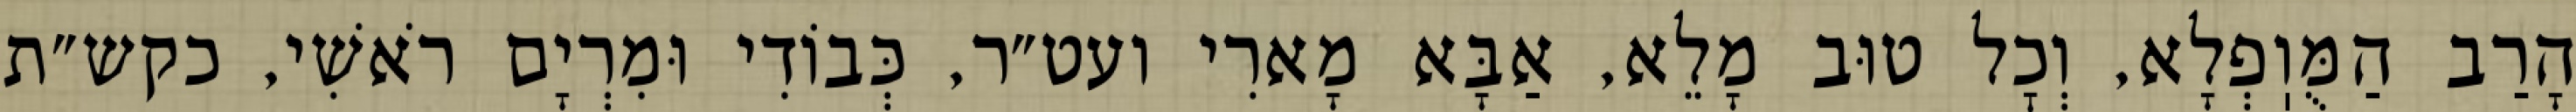
הָרַב הַמֻּוֽפְלָא, וְכׇל טוּב מָלֵא, אַבָּא מָארִי ועט״ר, כְּבוֹדִי וּמִרְיָם רֹאשִׁי, כקש״ת